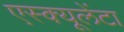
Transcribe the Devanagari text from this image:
एस्क्यूलेंटा